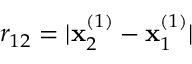
r _ { 1 2 } = | \mathbf { x } _ { 2 } ^ { ( 1 ) } - \mathbf { x } _ { 1 } ^ { ( 1 ) } |